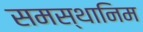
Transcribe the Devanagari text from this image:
समस्थानिम